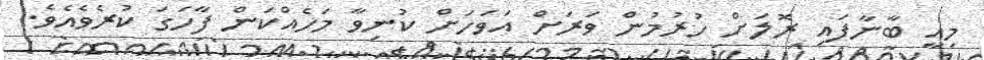
މިއީ ބާނާފައި ރޮލަށް ހުރުމުން ވަރަށް އަވަހަށް ކުނިވާ މަހެއްކަން ފާހަގަ ކުރެވެއެވެ.